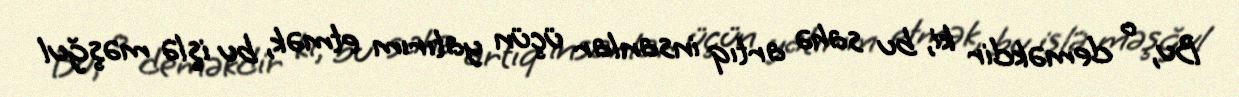
Bu, o deməkdir ki, bu sahə artıq insanlar üçün yatırım etmək, bu işlə məşğul